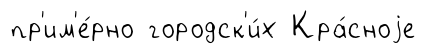
пр'им'е́рно городск'и́х Кра́сноjе